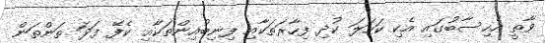
ވާތީ އެހިސާބުގައި އެކި ކަހަލަ ކުދި ފިހާރަތަކާއި ފިނިބުއިންތަކާއި ކެފޭ ފަދަ ތަންތަން